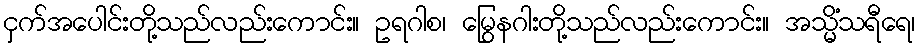
ငှက်အပေါင်းတို့သည်လည်းကောင်း။ ဥရဂါစ၊ မြွေနဂါးတို့သည်လည်းကောင်း။ အသ္မိံသရီရေ၊